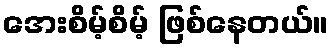
အေးစိမ့်စိမ့် ဖြစ်နေတယ်။